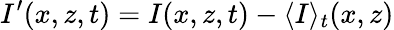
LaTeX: I^{\prime}(x,z,t)=I(x,z,t)-\langle I\rangle_{t}(x,z)